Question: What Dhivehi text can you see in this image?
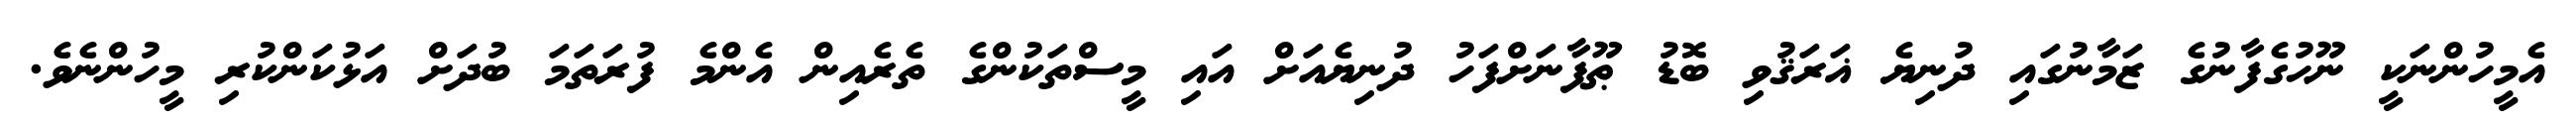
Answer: އެމީހުންނަކީ ނޫޙުގެފާނުގެ ޒަމާނުގައި ދުނިޔެ ޣަރަޤުވި ބޮޑު ޠޫފާނަށްފަހު ދުނިޔެއަށް އައި މީސްތަކުންގެ ތެރެއިން އެންމެ ފުރަތަމަ ބުދަށް އަޅުކަންކުރި މީހުންނެވެ.